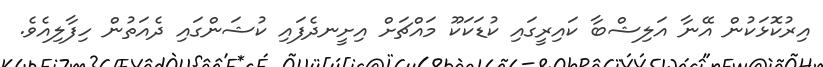
އިރުކޮޅަކުން އޭނާ އަލިޝްބާ ކައިރީގައި ކުޑަކަކޫ މައްޗަށް އިށީނދެފައި ކުޝަންގައި ދެއަތުން ހިފާލިއެވެ.